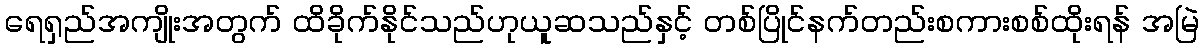
ရေရှည်အကျိုးအတွက် ထိခိုက်နိုင်သည်ဟုယူဆသည်နှင့် တစ်ပြိုင်နက်တည်းစကားစစ်ထိုးရန် အမြဲ